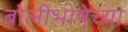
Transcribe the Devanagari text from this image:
बोलीभाषेच्या